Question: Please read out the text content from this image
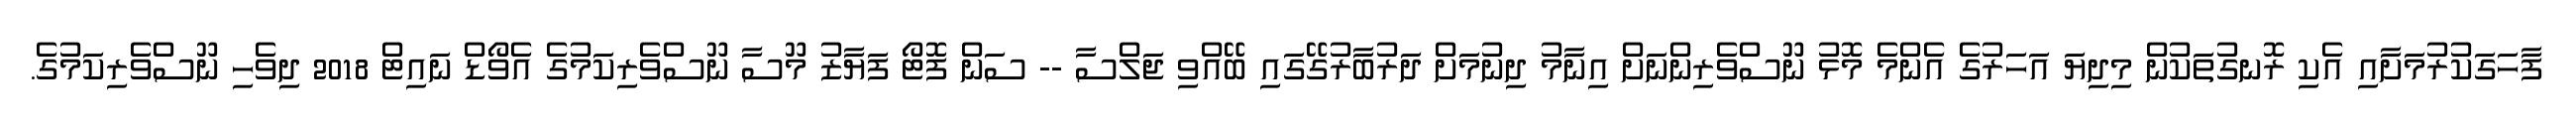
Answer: ފާހަގަކުރުމަށާއި އެކި ރޮނގުތަކުން މިދިޔަ އަހަރުގެ އެންމެ މޮޅު ނޫސްވެރިންނަށް އިނާމު ދިނުމަށް ދަރުބާރުގޭގައި ބޭއްވި ޖަލްސާ -- ސަން ފޮޓޯ ފަޔާޒު މޫސާ ނޫސްވެރިކަމުގެ އެވޯޑް ނައިޓް 2018 ދިވެހި ނޫސްވެރިކަމުގެ.